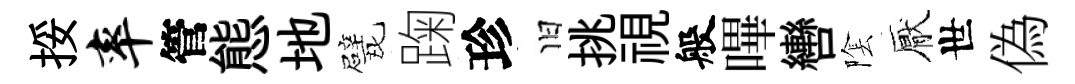
挼率管態地戏踘珍旧挑視般嗶轡隂厭世偽